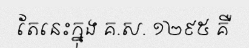
តែនេះក្នុង គ.ស. ១២៩៥ គឺ